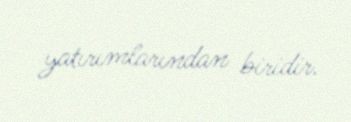
yatırımlarından biridir.